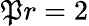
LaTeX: \mathfrak{P}r=2